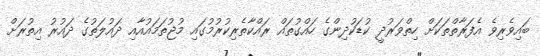
ބައިވެރިވެ އެފަރާތްތަކަށް ހިތްވަރުދީ ކުޑަކުދިންގެ ހައްގުތައް ރައްކާތެރިކުރުމުގައި މުޖުތަމައުއާއި ދައުލަތުގެ ދައުރު އިތުރަށް